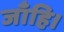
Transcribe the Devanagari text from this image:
जाँहि।